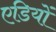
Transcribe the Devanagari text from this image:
एडियों